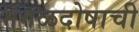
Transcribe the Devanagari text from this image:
मंगळदोषाची